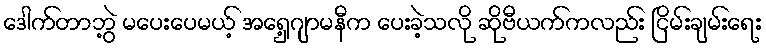
ဒေါက်တာဘွဲ့ မပေးပေမယ့် အရှေ့ဂျာမနီက ပေးခဲ့သလို ဆိုဗီယက်ကလည်း ငြိမ်းချမ်းရေး